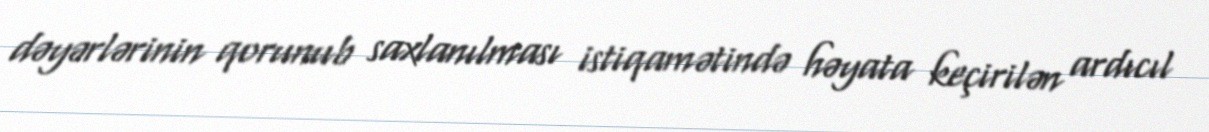
dəyərlərinin qorunub saxlanılması istiqamətində həyata keçirilən ardıcıl